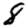
Digit: 8